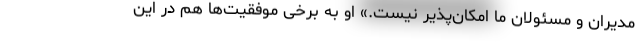
مدیران و مسئولان ما امکان‌پذیر نیست.» او به برخی موفقیت‌ها هم در این